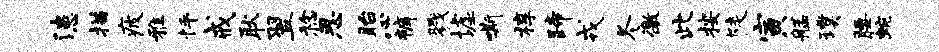
漶描疲雅怦戒耿翌稔思眙心裤戮墟嘶椁蹄戎冬徼此按陡寅艋璞腰蜿